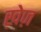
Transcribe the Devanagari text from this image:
ख़ेज़